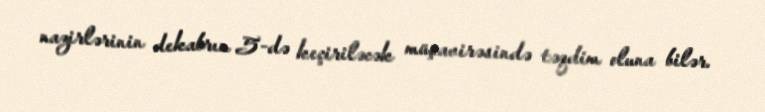
nazirlərinin dekabrın 5-də keçiriləcək müşavirəsində təqdim oluna bilər.